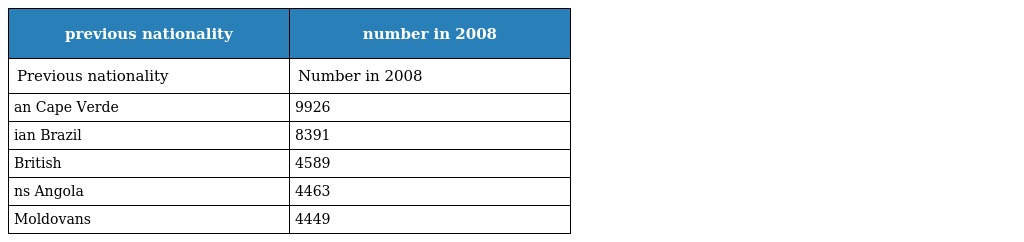
| previous nationality | number in 2008 |
 | --- | --- |
 | Previous nationality | Number in 2008 |
 | an Cape Verde | 9926 |
 | ian Brazil | 8391 |
 | British | 4589 |
 | ns Angola | 4463 |
 | Moldovans | 4449 |